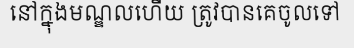
នៅក្នុងមណ្ឌលហើយ ត្រូវបានគេចូលទៅ